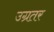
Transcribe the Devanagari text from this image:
उग्रतर